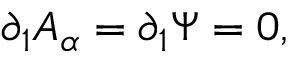
\partial _ { 1 } A _ { \alpha } = \partial _ { 1 } \Psi = 0 ,